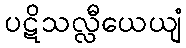
ပဋိသလ္လီယေယျံ